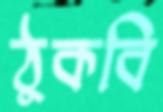
ঠুকবি